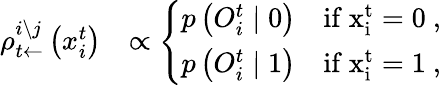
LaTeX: \begin{array}{rl}{\rho_{t\leftarrow}^{i\setminus j}\left(x_{i}^{t}\right)}&{\propto\left\{ \begin{array}{ll}{p\left(O_{i}^{t}\mid 0\right)}&{\mathrm{if~x_i^t=0~},}\\ {p\left(O_{i}^{t}\mid 1\right)}&{\mathrm{if~x_i^t=1~},}\end{array}\right.}\end{array}